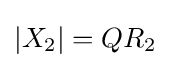
\left\vert X_{2}\right\vert =QR_{2}